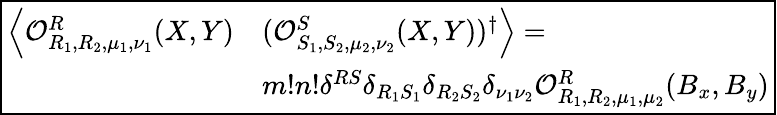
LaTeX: \boxed{\begin{array}{rl}{\left\langle\mathcal{O}_{R_{1},R_{2},\mu_{1},\nu_{1}}^{R}(X,Y)\right.}&{\left.(\mathcal{O}_{S_{1},S_{2},\mu_{2},\nu_{2}}^{S}(X,Y))^{\dagger}\right\rangle=}\\ &{m!n!\delta^{RS}\delta_{R_{1}S_{1}}\delta_{R_{2}S_{2}}\delta_{\nu_{1}\nu_{2}}\mathcal{O}_{R_{1},R_{2},\mu_{1},\mu_{2}}^{R}(B_{x},B_{y})}\end{array}}